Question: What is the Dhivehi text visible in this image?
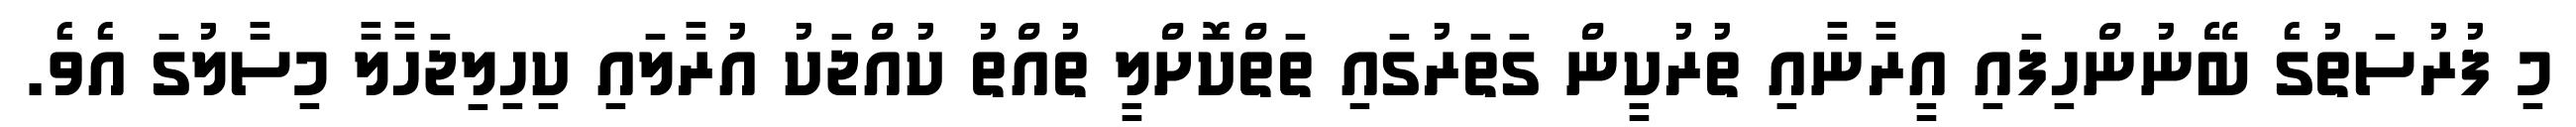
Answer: މި ފުރުސަތުގެ ބޭނުންހިފައި އީރާނާއި ތުރުކީން ގަތަރުގައި ތަތްކޮށްލީ ތުއްތު ކުއްޖަކު އުރާލައި ކިހިލިޖަހާލާ މިސާލުގަ އެވެ.